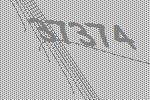
37374